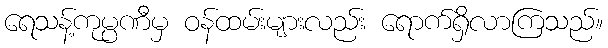
ရေသန့်ကုမ္ပဏီမှ ဝန်ထမ်းများလည်း ရောက်ရှိလာကြသည်။